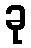
ခု